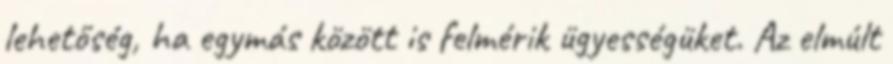
lehetőség, ha egymás között is felmérik ügyességüket. Az elmúlt